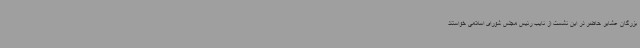
بزرگان عشایر حاضر در این نشست از نایب رئیس مجلس شورای اسلامی خواستند